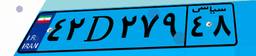
۷۶D۸۶۸۸۸